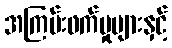
အကြမ်းဖက်မှုများနှင့်